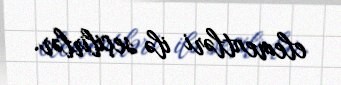
elementləri ilə seçilirlər.